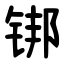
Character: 䦁